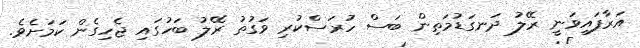
އަރާފައިވަނީ ރޭލު ދަނގަޑުމަތިން ބަސް ހުރަސްކުރި ވަގުތު ރޭލު ބަހުގައި ޖެހިގެން ކަމަށެވެ.